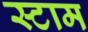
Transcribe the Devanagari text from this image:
स्टाम